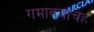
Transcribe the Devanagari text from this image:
गमावयाचेह